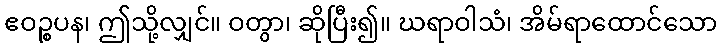
ဧဝဉ္စပန၊ ဤသို့လျှင်။ ဝတွာ၊ ဆိုပြီး၍။ ဃရာဝါသံ၊ အိမ်ရာထောင်သော